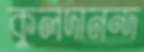
কুলদানন্দ